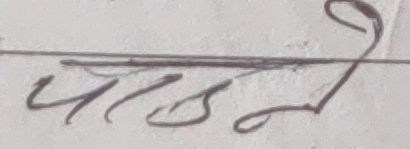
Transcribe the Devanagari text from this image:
पढ्ने